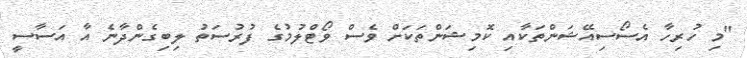
"މި ހުރިހާ އެސޯސިއޭޝަންތަކާއި ކޮމިޝަންތަކަށް ވެސް ވޯޓްލުމުގެ ފުރުސަތު ލިބިގެންދާނެ އާ އަސާސީ